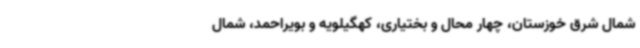
شمال شرق خوزستان، چهار محال و بختیاری، کهگیلویه و بویراحمد، شمال